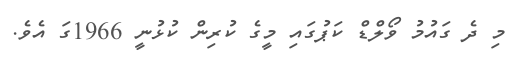
މި ދެ ގައުމު ވޯލްޑް ކަޕުގައި މީގެ ކުރިން ކުޅުނީ 1966ގަ އެވެ.